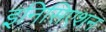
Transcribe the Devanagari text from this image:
इनिसिएशन